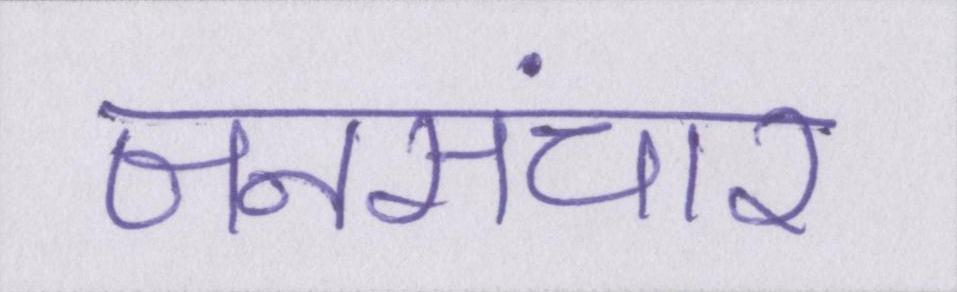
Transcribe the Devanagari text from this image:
जनसंचार